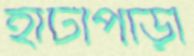
হাটীপাড়া